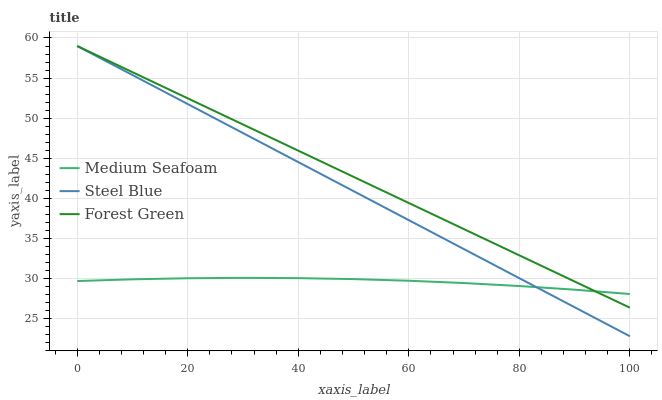
| xaxis_label | Medium Seafoam | Steel Blue | Forest Green |
 | --- | --- | --- | --- |
 | 0 | 29.7 | 59 | 59 |
 | 10 | 29.9 | 55.4 | 55.7 |
 | 20 | 30 | 51.8 | 52.5 |
 | 30 | 30.1 | 48.1 | 49.2 |
 | 40 | 30 | 44.5 | 45.9 |
 | 50 | 29.9 | 40.9 | 42.7 |
 | 60 | 29.7 | 37.3 | 39.4 |
 | 70 | 29.4 | 33.6 | 36.1 |
 | 80 | 29 | 30 | 32.9 |
 | 90 | 28.6 | 26.4 | 29.6 |
 | 100 | 28.1 | 22.8 | 26.3 |